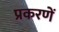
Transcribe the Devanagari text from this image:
प्रकरणें